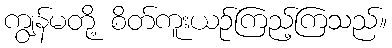
ကျွန်မတို့ စိတ်ကူးယဉ်ကြည့်ကြသည်။